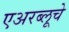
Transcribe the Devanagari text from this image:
एअरब्लूचे